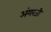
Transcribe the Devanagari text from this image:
अंगरजी